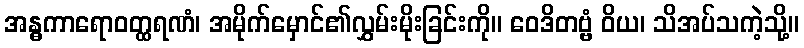
အန္ဓကာရောဝတ္ထရဏံ၊ အမိုက်မှောင်၏လွှမ်းမိုးခြင်းကို။ ဝေဒိတဗ္ဗံ ဝိယ၊ သိအပ်သကဲ့သို့။